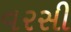
વરસી